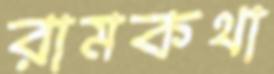
রামকথা